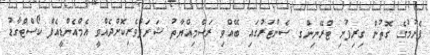
ފެށުމުގެ ގޮތުން ގިރިފުށި ޓްރޭނިންގ ސެންޓަރުގައި ބޭއްވި ރަސްމިއްޔާތު ޝަރަފުވެރިކޮށްދެއްވީ އެމްއެންޑީއެފް ކޯސްޓްގާޑު